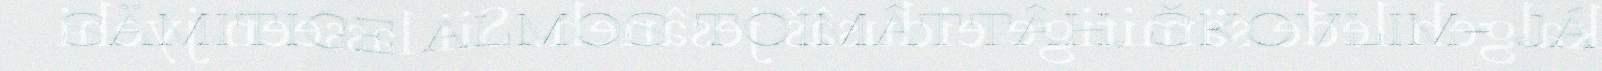
SÄMITIGE ALMOS TOIMÂTTÂH, ŠKOVLIM- JÁ